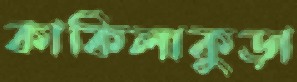
কাকিলাকুড়া